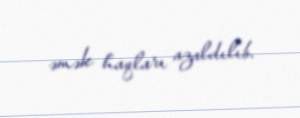
əmək haqları azaldılıb.